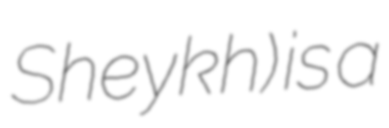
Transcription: Sheykh) is a